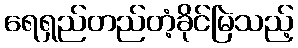
ရေရှည်တည်တံ့ခိုင်မြဲသည့်